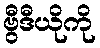
ဗွီဒီယိုကို